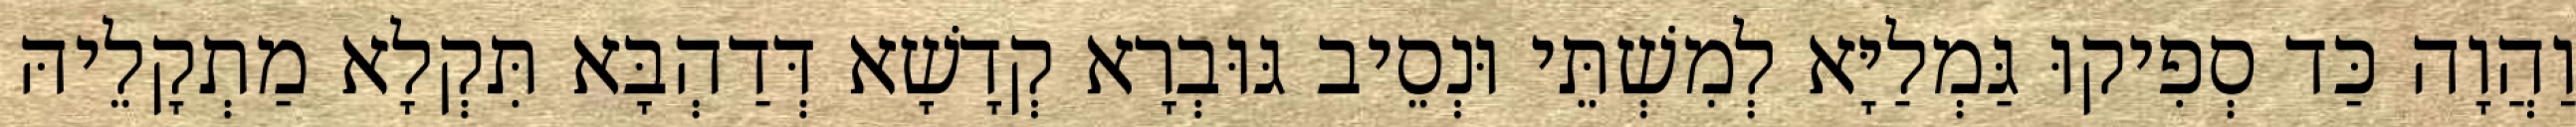
וַהֲוָה כַּד סְפִיקוּ גַּמְלַיָּא לְמִשְׁתֵּי וּנְסֵיב גּוּבְרָא קְדָשָׁא דְּדַהְבָּא תִּקְלָא מַתְקָלֵיהּ